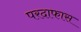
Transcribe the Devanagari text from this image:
परदाफास